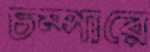
চম্পারে